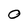
Character: 0